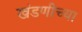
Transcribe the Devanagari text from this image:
खंडणीच्या